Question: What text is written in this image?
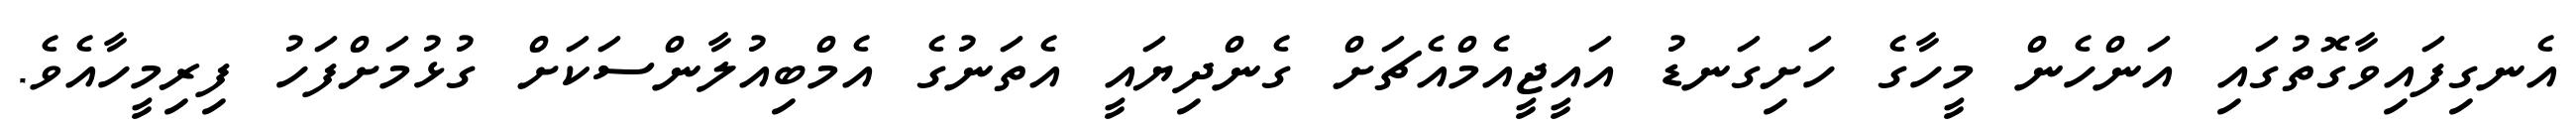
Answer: އެނގިފައިވާގޮތުގައި އަންހެން މީހާގެ ހަށިގަނޑު އައީޖީއެމްއެޗަށް ގެންދިޔައީ އެތަނުގެ އެމްބިއުލާންސަކަށް ގުޅުމަށްފަހު ފިރިމީހާއެވެ.